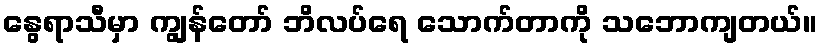
နွေရာသီမှာ ကျွန်တော် ဘိလပ်ရေ သောက်တာကို သဘောကျတယ်။